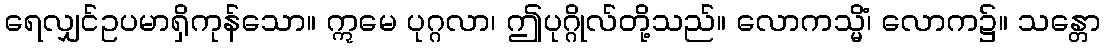
ရေလျှင်ဥပမာရှိကုန်သော။ ဣမေ ပုဂ္ဂလာ၊ ဤပုဂ္ဂိုလ်တို့သည်။ လောကသ္မိံ၊ လောက၌။ သန္တော